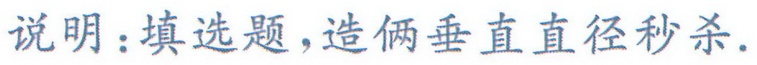
说明：填选题，造俩垂直直径秒杀．